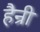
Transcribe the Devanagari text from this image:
हैन्री